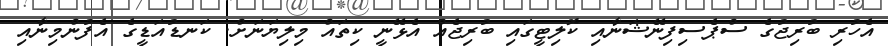
އެހުރި ބުރިޖުގެ ސްޕެސިފިނޭޝަނާއި ކޮލިޓީގައި ބުރިޖެއް އެޅޭނީ ކިތައް މިލިޔަނަށް. ކަނޑުއަޑީގެ އެފުންމިނާއި